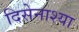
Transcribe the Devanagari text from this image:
दिसेनाश्या